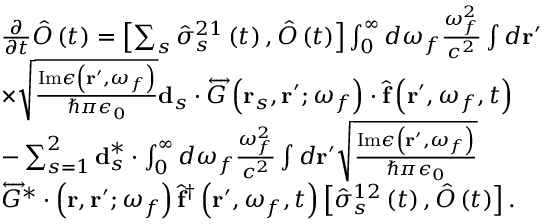
\begin{array} { r l } & { \frac { \partial } { \partial t } \hat { O } \left( t \right) = \left[ \sum _ { s } \hat { \sigma } _ { s } ^ { 2 1 } \left( t \right) , \hat { O } \left( t \right) \right] \int _ { 0 } ^ { \infty } d \omega _ { f } \frac { \omega _ { f } ^ { 2 } } { c ^ { 2 } } \int d \mathbf { r } ^ { \prime } } \\ & { \times \sqrt { \frac { \mathrm { I m } \epsilon \left( \mathbf { r } ^ { \prime } , \omega _ { f } \right) } { \hbar \pi \epsilon _ { 0 } } } \mathbf { d } _ { s } \cdot \overleftrightarrow { G } \left( \mathbf { r } _ { s } , \mathbf { r } ^ { \prime } ; \omega _ { f } \right) \cdot \hat { \mathbf { f } } \left( \mathbf { r } ^ { \prime } , \omega _ { f } , t \right) } \\ & { - \sum _ { s = 1 } ^ { 2 } \mathbf { d } _ { s } ^ { * } \cdot \int _ { 0 } ^ { \infty } d \omega _ { f } \frac { \omega _ { f } ^ { 2 } } { c ^ { 2 } } \int d \mathbf { r } ^ { \prime } \sqrt { \frac { \mathrm { I m } \epsilon \left( \mathbf { r } ^ { \prime } , \omega _ { f } \right) } { \hbar \pi \epsilon _ { 0 } } } } \\ & { \overleftrightarrow { G } ^ { * } \cdot \left( \mathbf { r } , \mathbf { r } ^ { \prime } ; \omega _ { f } \right) \hat { \mathbf { f } } ^ { \dagger } \left( \mathbf { r } ^ { \prime } , \omega _ { f } , t \right) \left[ \hat { \sigma } _ { s } ^ { 1 2 } \left( t \right) , \hat { O } \left( t \right) \right] . } \end{array}